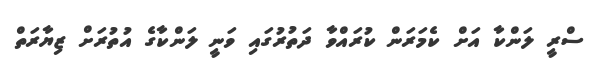
ސްރީ ލަންކާ އަށް ކެމަރަން ކުރައްވާ ދަތުރުގައި ވަނީ ލަންކާގެ އުތުރަށް ޒިޔާރަތް